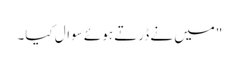
"میں نے ڈرتے ہوئے سوال کیا۔